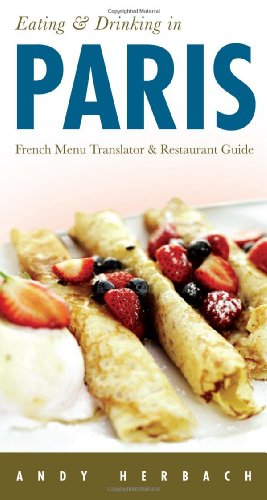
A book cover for Eating & Drinking in Paris (Open Road Travel Guides); Andy Herbach; Travel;